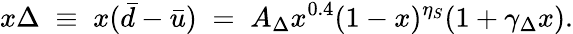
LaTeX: x\Delta\; \equiv\; x(\bar{d}-\bar{u})\; =\; A_{\Delta}x^{0.4}(1-x)^{\eta_{S}}(1+\gamma_{\Delta}x).